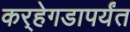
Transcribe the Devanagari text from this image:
कर्‍हेगडापर्यंत